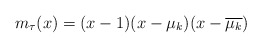
\begin{align*}m_\tau(x)=(x-1)(x-\mu_k)(x-\overline{\mu_k})\end{align*}